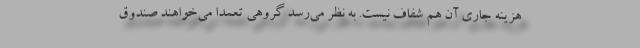
هزینه جاری آن هم شفاف نیست. به نظر می‌رسد گروهی تعمدا می‌خواهند صندوق